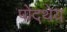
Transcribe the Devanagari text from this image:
पोदथेय